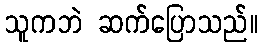
သူကဘဲ ဆက်ပြောသည်။